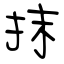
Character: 抹